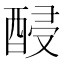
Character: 𨡉